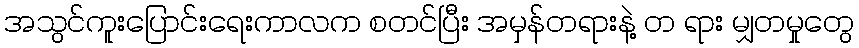
အသွင်ကူးပြောင်းရေးကာလက စတင်ပြီး အမှန်တရားနဲ့ တ ရား မျှတမှုတွေ